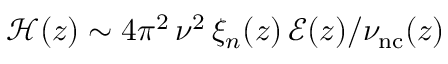
\mathscr { H } ( z ) \sim 4 \pi ^ { 2 } \, \nu ^ { 2 } \, \xi _ { n } ( z ) \, \mathscr { E } ( z ) / \nu _ { \mathrm { n c } } ( z )